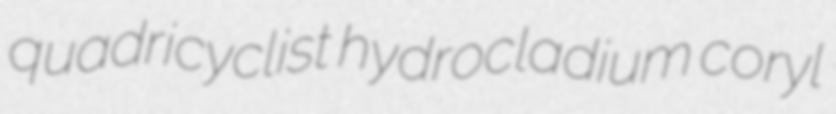
quadricyclist hydrocladium coryl